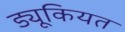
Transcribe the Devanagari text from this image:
ड्यूकियत